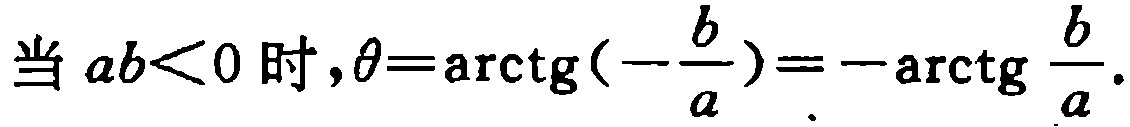
当 \(ab<0\) 时,\(\theta=\mathrm{arctg}(-\frac{b}{a})=-\mathrm{arctg} \frac{b}{a}\).